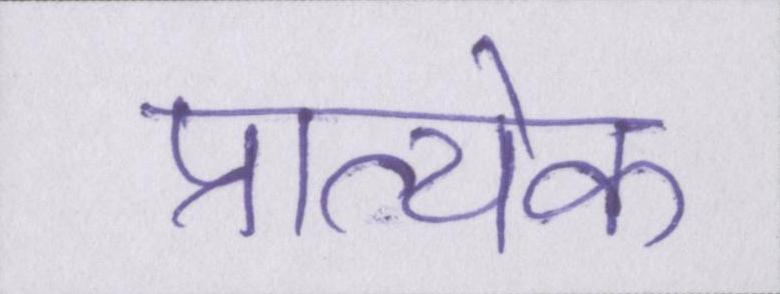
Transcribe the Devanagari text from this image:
प्रात्येक